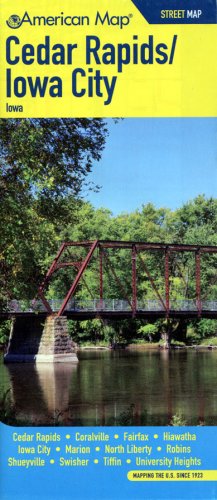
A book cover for Cedar Rapids Iowa City IA Street Map; American Map; Travel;